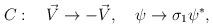
LaTeX: \begin{align*}C:\quad \vec{V}\to-\vec{V},\quad \psi\to\sigma_1\psi^*,\end{align*}